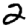
Digit: 2